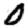
Digit: 0